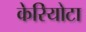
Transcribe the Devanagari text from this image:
केरियोटा